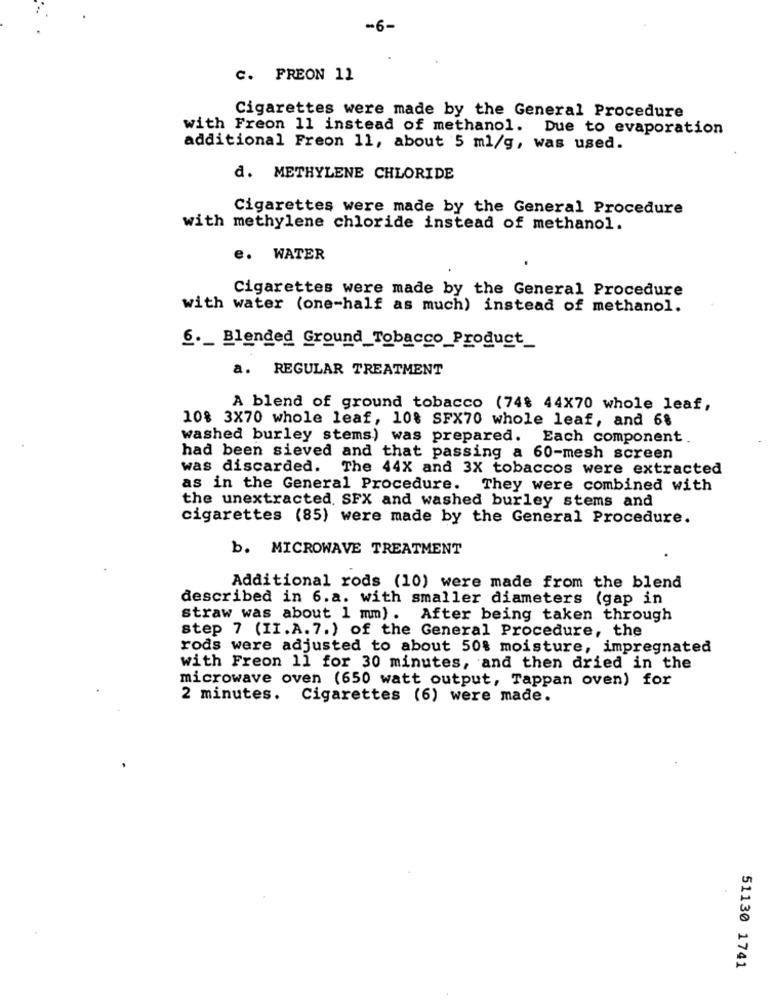
-6-
C. FREON 11
Cigarettes were made by the General Procedure
with Freon 11 instead of methanol. Due to evaporation
additional Freon 11, about 5 ml/g, was used.
d. METHYLENE CHLORIDE
Cigarettes were made by the General Procedure
with methylene chloride instead of methanol.
e. WATER
Cigarettes were made by the General Procedure
with water (one-half as much) instead of methanol.
6 ._ Blended Ground Tobacco Product
a. REGULAR TREATMENT
A blend of ground tobacco (748 44X70 whole leaf,
108 3X70 whole leaf, 10% SFX70 whole leaf, and 6%
washed burley stems) was prepared. Each component.
had been sieved and that passing a 60-mesh screen
was discarded. The 44X and 3X tobaccos were extracted
as in the General Procedure. They were combined with
the unextracted. SFX and washed burley stems and
cigarettes (85) were made by the General Procedure.
b. MICROWAVE TREATMENT
Additional rods (10) were made from the blend
described in 6.a. with smaller diameters (gap in
straw was about 1 mm). After being taken through
step 7 (II.A. 7.) of the General Procedure, the
rods were adjusted to about 50% moisture, impregnated
with Freon 11 for 30 minutes, and then dried in the
microwave oven (650 watt output, Tappan oven) for
2 minutes. Cigarettes (6) were made.
51130 1741